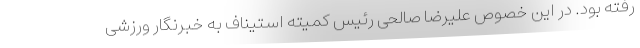
رفته بود. در این خصوص علیرضا صالحی رئیس کمیته استیناف به خبرنگار ورزشی